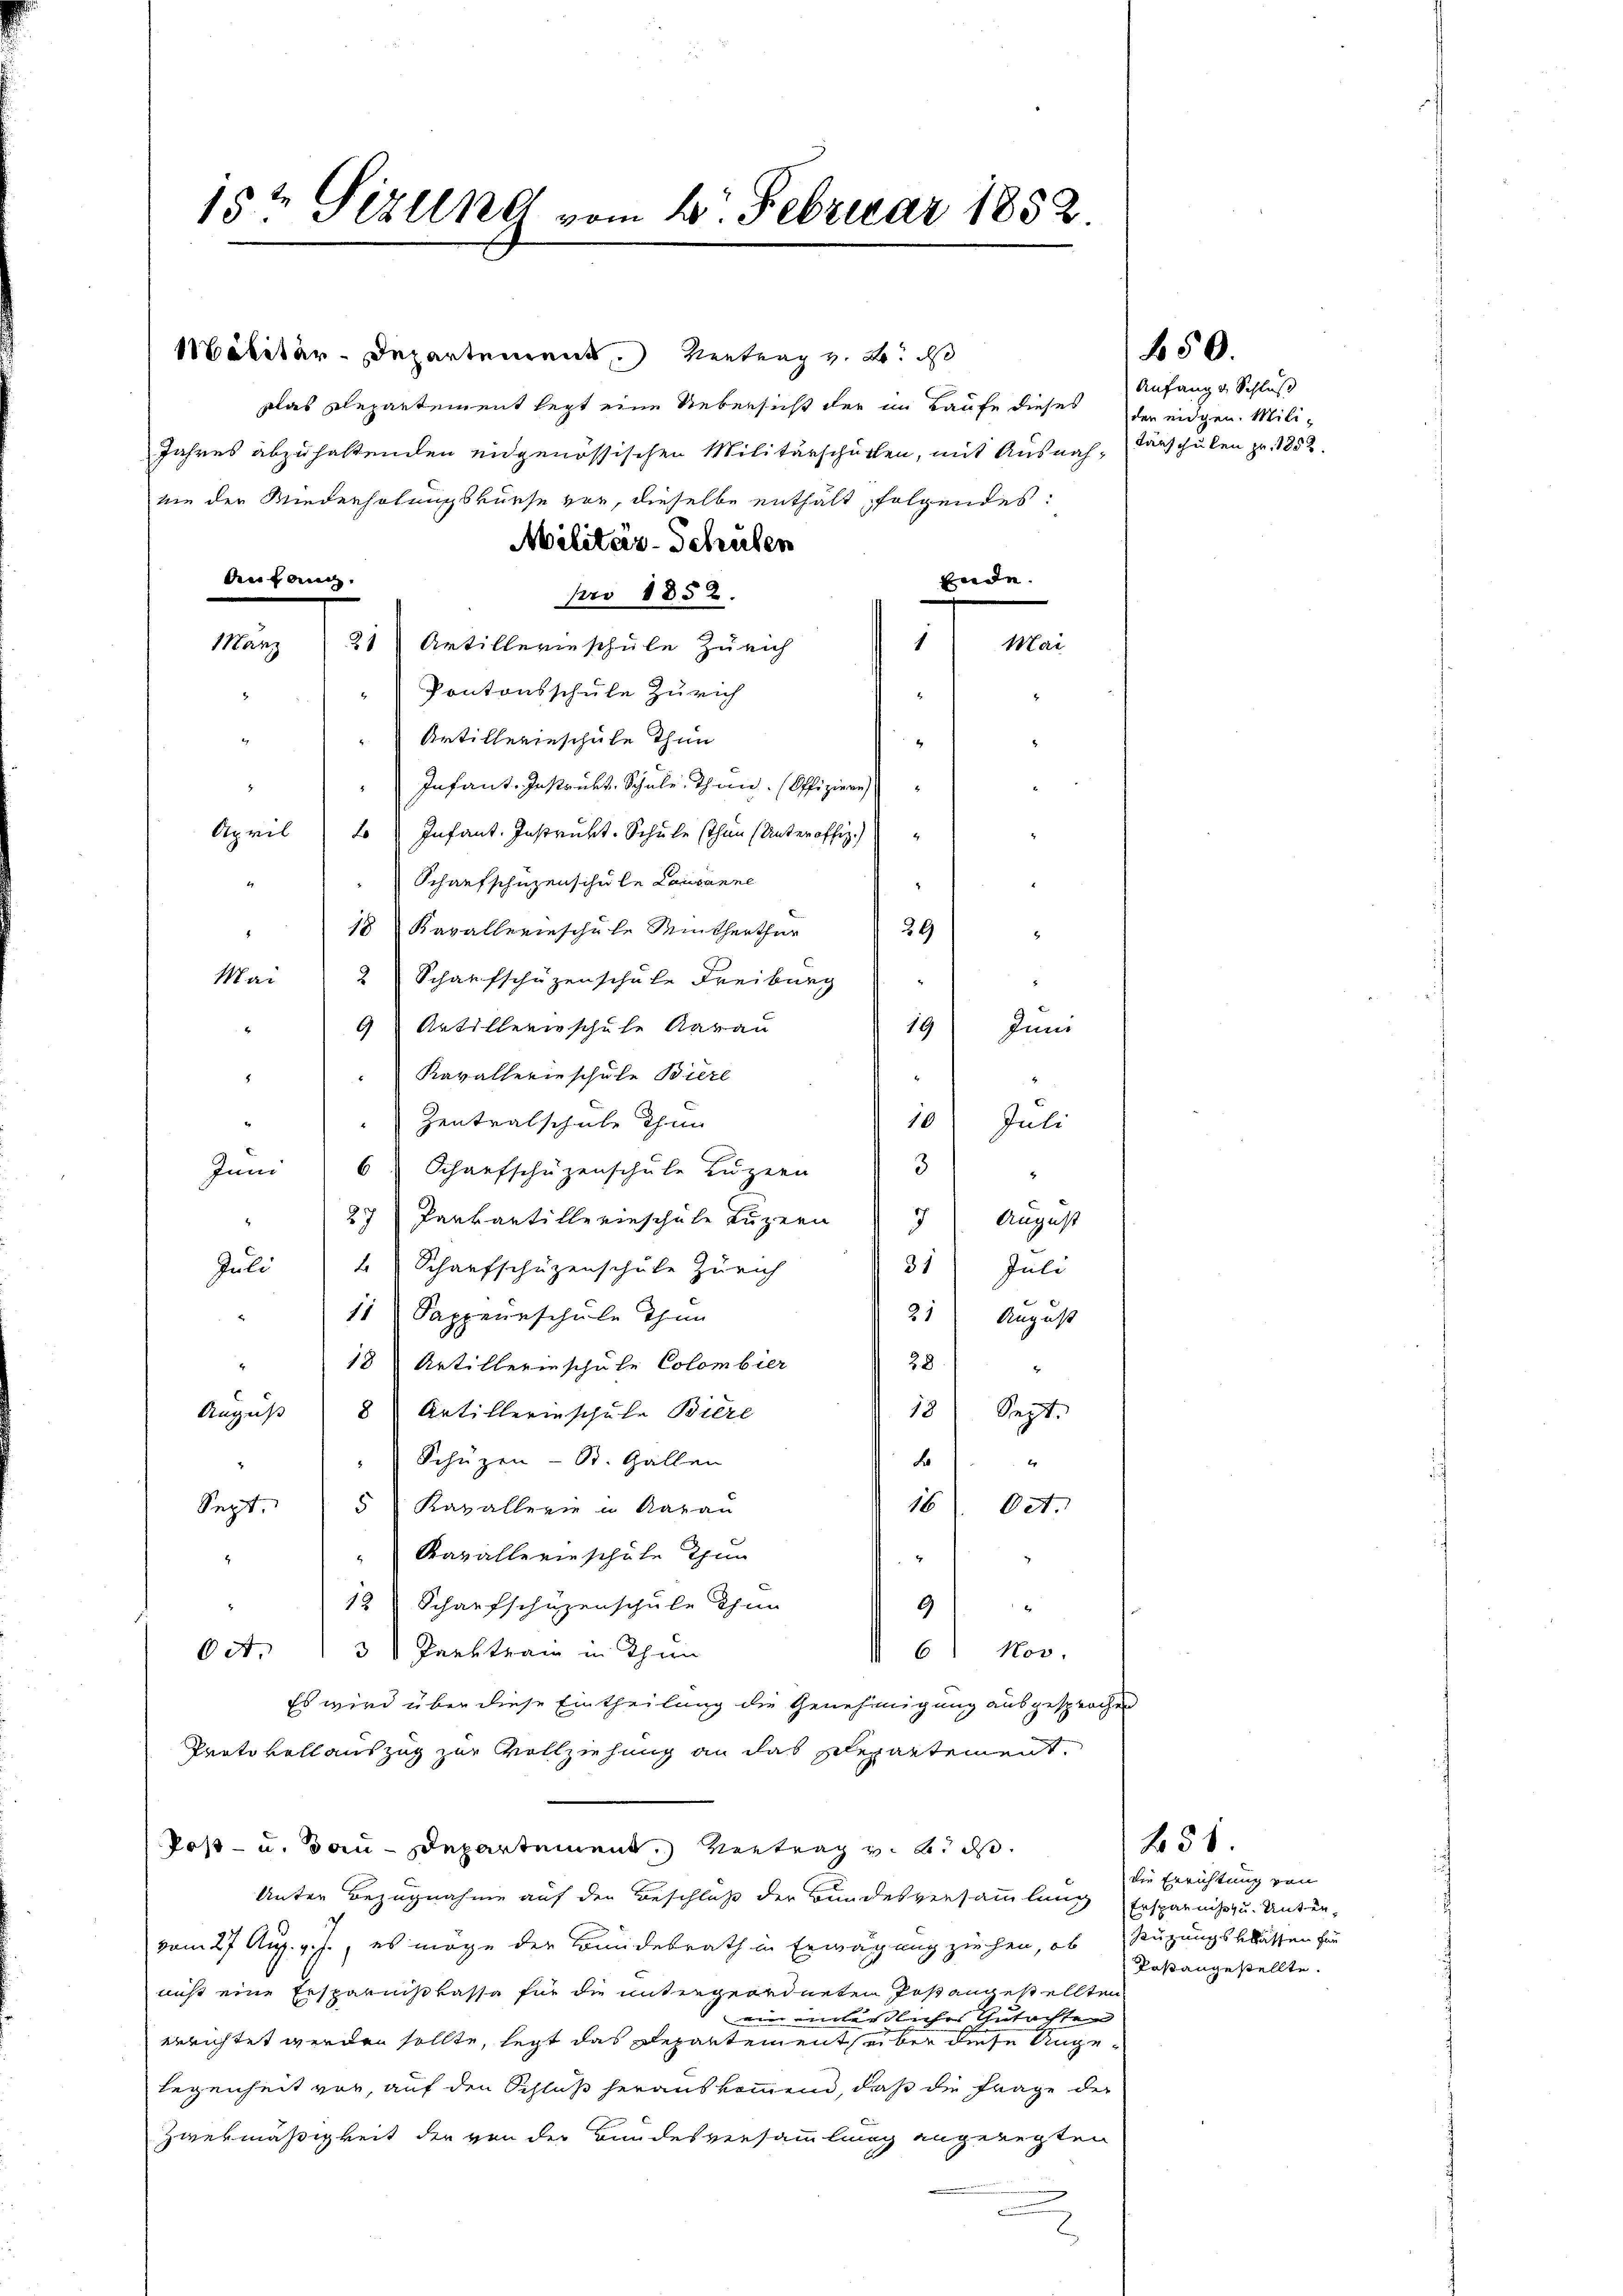
äkitär-Departement. Vertrag z. B. das
Das Departement legt eine Uebersicht der im Laufe dieses
Jahres abzuhaltenden eidgenössischen Militärschütten, mit Ausnah-Färschulen pr. 1852.
vie der Miederholungskurse vor, dieselbe enthält folgendes:
Militär-Schulen
denfang.
Ende.
pro 1852.
1
Mai
21 Artillerieschule Zürich
Manz
“ Kantonsschule Zürich
.
" " Artillerieschule Thun
Infant. Instrukt, Schule, Thun. (Offiziere
.
April 2) Infant. Instrukt-Schule sthin (Unteroffiz.)
Schaufschüzenschule Lausanne
18 Kavallerieschŭle Winterthur 29
Mai
2 Schaufschüzenschale Freiburg)
9 Artillerieschule Aarau
19 Juni
x
Kavallerinschule Bierl
.
.

.
10 Juli
Zentralschule Thun
3
Juni 6 Scharfschüzenschŭle Luzern
2
27 Parkartille einschule Luzern
August
31
Juli 2 Scharfschüzenschule Zürich
Juli
11 Sappeurschule Thun
Fr.
21 August
28.
.
18 Artillerinschule Colombier
4
18) Sept.
August 8 Artillerinschule Biere
xx
x
") Schüzen - St. Gallen
16. Oct.
Sept. 5 Kavallerie in Aarau
Kavallerieschule Thun
2
4
4
12 Schaufschüzenschule Thun
9
3 Parktrain in Thun
A.
II 6 Nov.
Es wird über diese Eintheilung die Genehmigung ausgesprochen
Prato vollauszug zur Vollziehung an das schepartement.
Post- u. Bau-Departement. Vertrag v. 6. ds.
Unter Bezugnahme auf den Beschluß der Bundesversammlung Ersparniss u. Unter-
vom 27 Aug. v. J., es möge der Bundesrath in Erwägung ziehen, ob Rüzungsklassen für
nicht eine Ersparnißkasse für die untergeordneten Post angestellten
ein einlässliches Gutachten |
errichtet werden sollte, legt das Departement über diese Angelegenheit vor, auf den Schluß herauskommen, daß die Frage der
Zwekmäßigkeit der von der Bundesversammlung angeregten

15t Sizung vom 4. Februar 1882.

Anfang von Schluß
der eidgen. Mili¬

450.

458.
die Errichtung von
Paßangestellte.